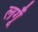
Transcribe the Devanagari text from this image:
लगूँ